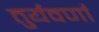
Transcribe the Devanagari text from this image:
तुर्यवर्णा